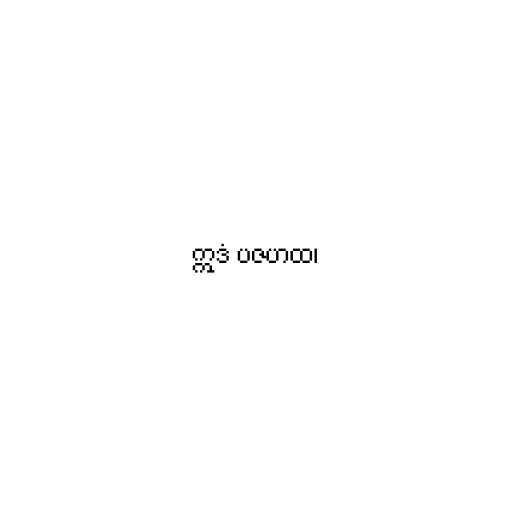
ဣဒံ ပဇဟထ၊